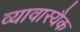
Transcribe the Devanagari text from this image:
व्यावास्यैक